Madras marine plague regulations
Disease focus: Plague
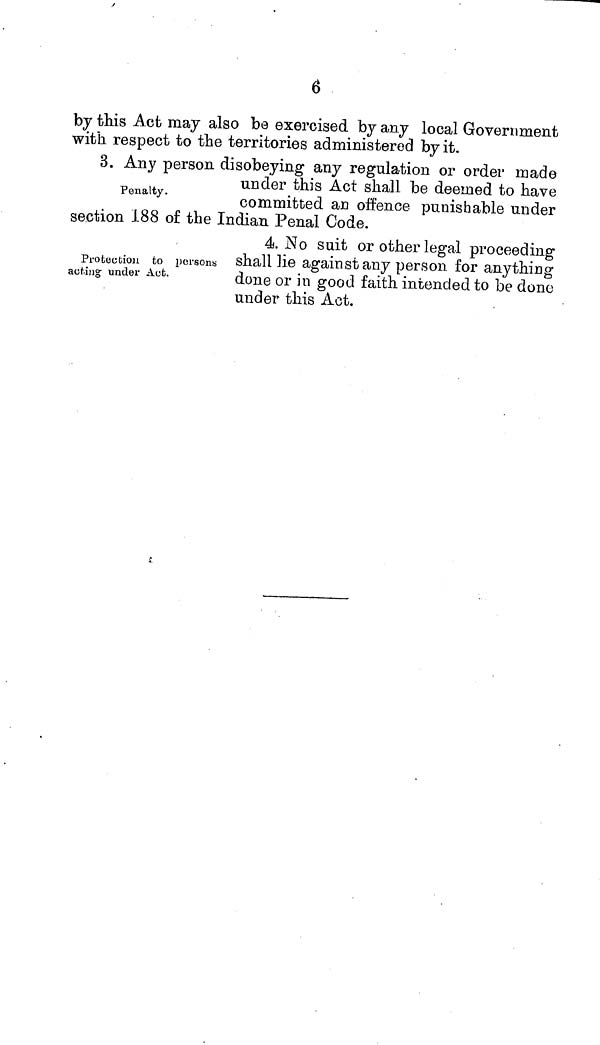
6
by this Act may also be exercised by any local Government
with respect to the territories administered by it.
Penalty.
3. Any person disobeying any regulation or order made
under this Act shall be deemed to have
committed au offence punishable under
section 188 of the Indian Penal Code.
Protection fco persons
acting under Act.
4. No suit or other legal proceeding
shall lie against any person for anything
done or in good faith intended to be done
under this Act.